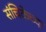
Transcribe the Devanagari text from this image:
संचिकेच्या